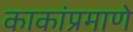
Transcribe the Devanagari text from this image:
काकांप्रमाणे